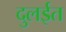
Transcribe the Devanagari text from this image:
दुलईत